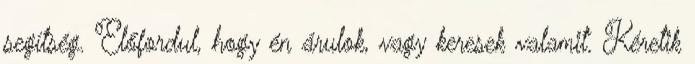
segítség. Előfordul, hogy én árulok, vagy keresek valamit. Kéretik